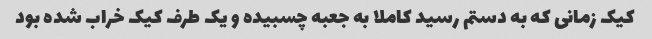
کیک زمانی که به دستم رسید کاملا به جعبه چسبیده و یک طرف کیک خراب شده بود